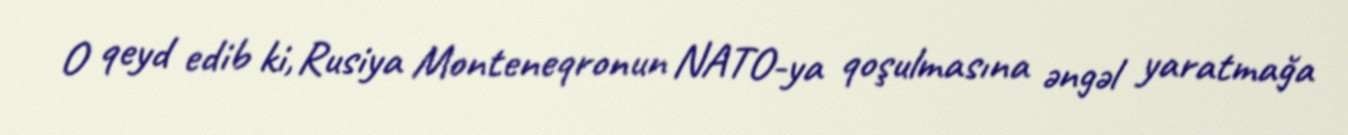
O qeyd edib ki, Rusiya Monteneqronun NATO-ya qoşulmasına əngəl yaratmağa